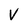
Character: V